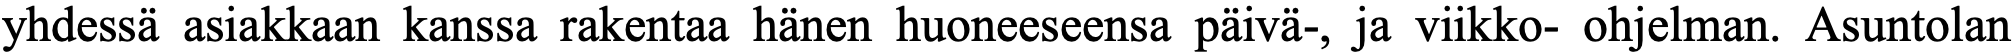
yhdessä asiakkaan kanssa rakentaa hänen huoneeseensa päivä-, ja viikko- ohjelman. Asuntolan